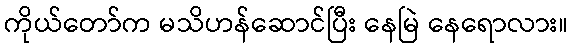
ကိုယ်တော်က မသိဟန်ဆောင်ပြီး နေမြဲ နေရောလား။